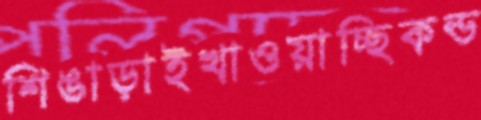
শিঙাড়াইখাওয়াচ্ছিকন্ড